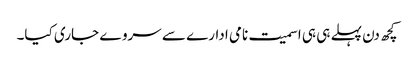
کچھ دن پہلے ہی ہی اسمیت نامی ادارے سے سروے جاری کیا۔